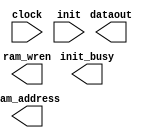
// megafunction wizard: %RAM initializer%VBB%
// GENERATION: STANDARD
// VERSION: WM1.0
// MODULE: ALTMEM_INIT 

// ============================================================
// Megafunction Name(s):
// 			ALTMEM_INIT
//
// Simulation Library Files(s):
// 			lpm
// ============================================================
// ************************************************************
// THIS IS A WIZARD-GENERATED FILE. DO NOT EDIT THIS FILE!
//
// 13.0.1 Build 232 06/12/2013 SP 1 SJ Web Edition
// ************************************************************

//Copyright (C) 1991-2013 Altera Corporation
//Your use of Altera Corporation's design tools, logic functions 
//and other software and tools, and its AMPP partner logic 
//functions, and any output files from any of the foregoing 
//(including device programming or simulation files), and any 
//associated documentation or information are expressly subject 
//to the terms and conditions of the Altera Program License 
//Subscription Agreement, Altera MegaCore Function License 
//Agreement, or other applicable license agreement, including, 
//without limitation, that your use is for the sole purpose of 
//programming logic devices manufactured by Altera and sold by 
//Altera or its authorized distributors.  Please refer to the 
//applicable agreement for further details.

module ram_initializer (
	clock,
	init,
	dataout,
	init_busy,
	ram_address,
	ram_wren)/* synthesis synthesis_clearbox = 1 */;

	input	  clock;
	input	  init;
	output	[31:0]  dataout;
	output	  init_busy;
	output	[13:0]  ram_address;
	output	  ram_wren;

endmodule

// ============================================================
// CNX file retrieval info
// ============================================================
// Retrieval info: LIBRARY: altera_mf altera_mf.altera_mf_components.all
// Retrieval info: PRIVATE: INTENDED_DEVICE_FAMILY STRING "Cyclone IV E"
// Retrieval info: CONSTANT: INIT_FILE STRING "inst.mif"
// Retrieval info: CONSTANT: INIT_TO_ZERO STRING "NO"
// Retrieval info: CONSTANT: INTENDED_DEVICE_FAMILY STRING "Cyclone IV E"
// Retrieval info: CONSTANT: LPM_HINT STRING "UNUSED"
// Retrieval info: CONSTANT: LPM_TYPE STRING "altmem_init"
// Retrieval info: CONSTANT: NUMWORDS NUMERIC "16384"
// Retrieval info: CONSTANT: PORT_ROM_DATA_READY STRING "PORT_UNUSED"
// Retrieval info: CONSTANT: ROM_READ_LATENCY NUMERIC "1"
// Retrieval info: CONSTANT: WIDTH NUMERIC "32"
// Retrieval info: CONSTANT: WIDTHAD NUMERIC "14"
// Retrieval info: USED_PORT: clock 0 0 0 0 INPUT NODEFVAL "clock"
// Retrieval info: CONNECT: @clock 0 0 0 0 clock 0 0 0 0
// Retrieval info: USED_PORT: dataout 0 0 32 0 OUTPUT NODEFVAL "dataout[31..0]"
// Retrieval info: CONNECT: dataout 0 0 32 0 @dataout 0 0 32 0
// Retrieval info: USED_PORT: init 0 0 0 0 INPUT NODEFVAL "init"
// Retrieval info: CONNECT: @init 0 0 0 0 init 0 0 0 0
// Retrieval info: USED_PORT: init_busy 0 0 0 0 OUTPUT NODEFVAL "init_busy"
// Retrieval info: CONNECT: init_busy 0 0 0 0 @init_busy 0 0 0 0
// Retrieval info: USED_PORT: ram_address 0 0 14 0 OUTPUT NODEFVAL "ram_address[13..0]"
// Retrieval info: CONNECT: ram_address 0 0 14 0 @ram_address 0 0 14 0
// Retrieval info: USED_PORT: ram_wren 0 0 0 0 OUTPUT NODEFVAL "ram_wren"
// Retrieval info: CONNECT: ram_wren 0 0 0 0 @ram_wren 0 0 0 0
// Retrieval info: GEN_FILE: TYPE_NORMAL ram_initializer.v TRUE FALSE
// Retrieval info: GEN_FILE: TYPE_NORMAL ram_initializer.qip TRUE FALSE
// Retrieval info: GEN_FILE: TYPE_NORMAL ram_initializer.bsf TRUE TRUE
// Retrieval info: GEN_FILE: TYPE_NORMAL ram_initializer_inst.v TRUE TRUE
// Retrieval info: GEN_FILE: TYPE_NORMAL ram_initializer_bb.v TRUE TRUE
// Retrieval info: GEN_FILE: TYPE_NORMAL ram_initializer.inc TRUE TRUE
// Retrieval info: GEN_FILE: TYPE_NORMAL ram_initializer.cmp TRUE TRUE
// Retrieval info: LIB_FILE: lpm